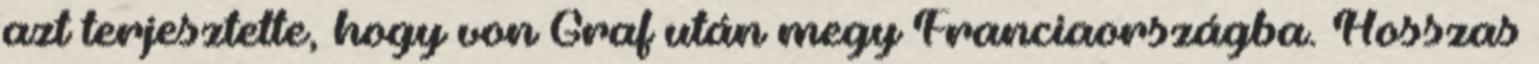
azt terjesztette, hogy von Graf után megy Franciaországba. Hosszas